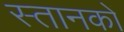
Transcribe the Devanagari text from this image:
स्तानकों